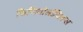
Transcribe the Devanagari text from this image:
फिजियोलॉजिकल